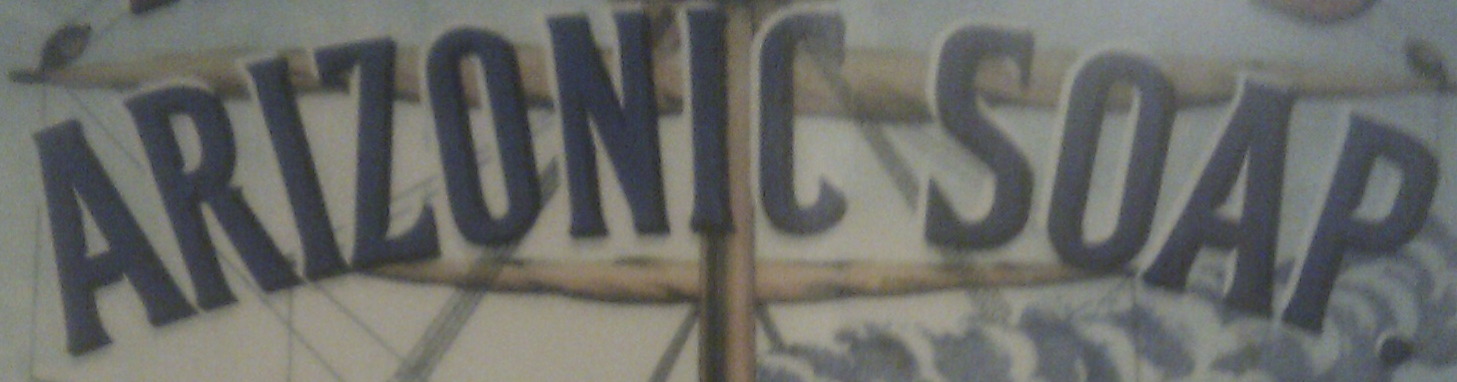
ARIZONIC SOAP.